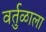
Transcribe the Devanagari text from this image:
वर्तुळाला